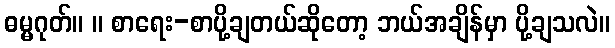
ဓမ္မဂုတ်။ ။ စာရေး-စာပို့ချတယ်ဆိုတော့ ဘယ်အချိန်မှာ ပို့ချသလဲ။